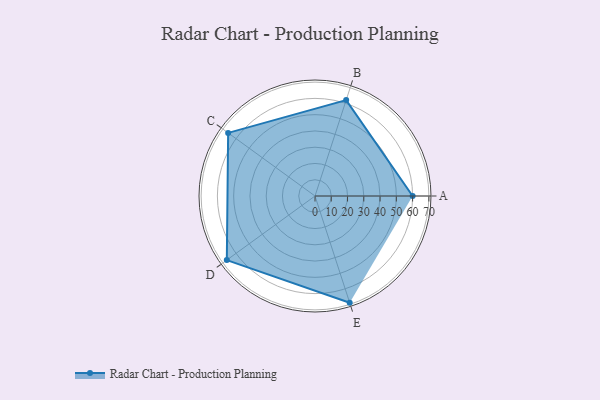
{"axis": {"x": "Skill", "y": "Score"}, "legend": ["Profile"], "data": [{"x": "A", "y": 60.0, "type": "Profile"}, {"x": "B", "y": 62.0, "type": "Profile"}, {"x": "C", "y": 66.0, "type": "Profile"}, {"x": "D", "y": 67.0, "type": "Profile"}, {"x": "E", "y": 69.0, "type": "Profile"}]}